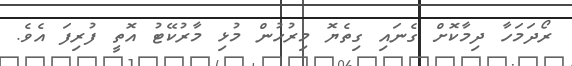
ރޯދަމަހާ ދިމާކޮށް ގެނައި ގިތެޔޮ މިރުހުން މުޅި މާރުކޭޓު އޮތީ ފުރިފަ އެވެ.